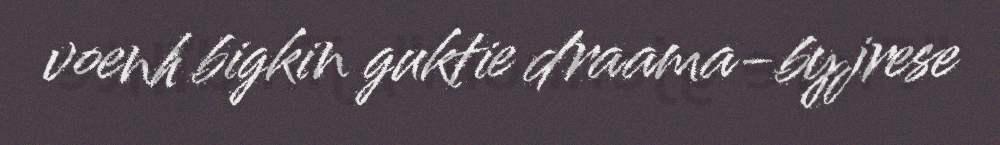
voenh bigkin guktie draama-byjrese